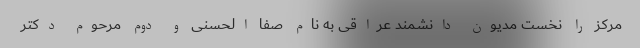
مرکز را نخست مدیون دانشمند عراقی به نام صفا الحسنی و دوم مرحوم دکتر